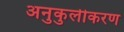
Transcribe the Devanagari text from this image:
अनुकुलीकरण